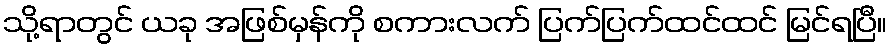
သို့ရာတွင် ယခု အဖြစ်မှန်ကို စကားလက် ပြက်ပြက်ထင်ထင် မြင်ရပြီ။